Lunatic asylums Bombay report 1878-1890 - 1878-1890
Year: 1878
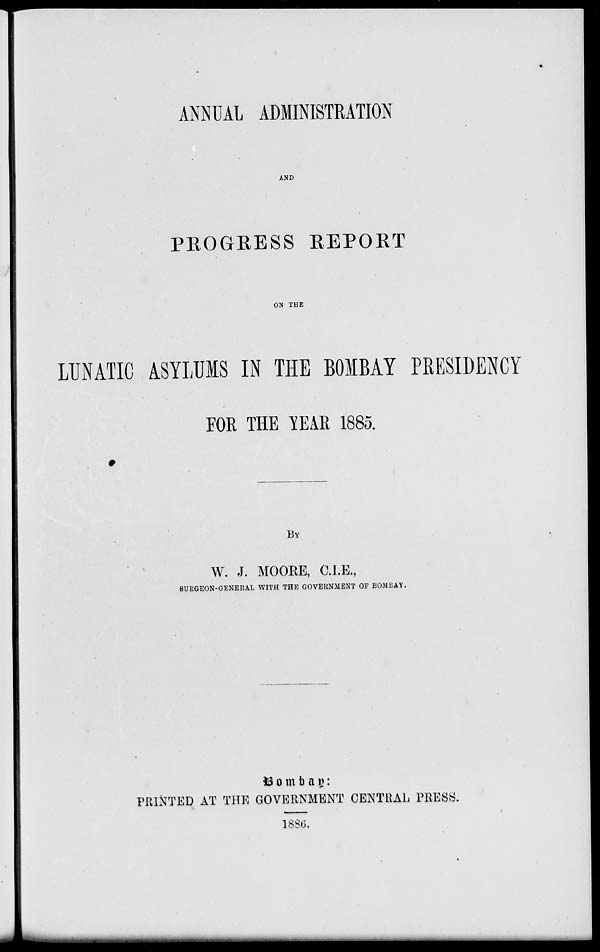
ANNUAL ADMINISTRATION
AND
PROGRESS REPORT
ON THE
LUNATIC ASYLUMS IN THE BOMBAY PRESIDENCY
FOR THE YEAR 1885.
BY
W. J. MOORE, C.I.E.,
SURGEON-GENERAL WITH THE GOVERNMENT OF BOMBAY.
Bombay:
PRINTED AT THE GOVERNMENT CENTRAL PRESS.
1886.